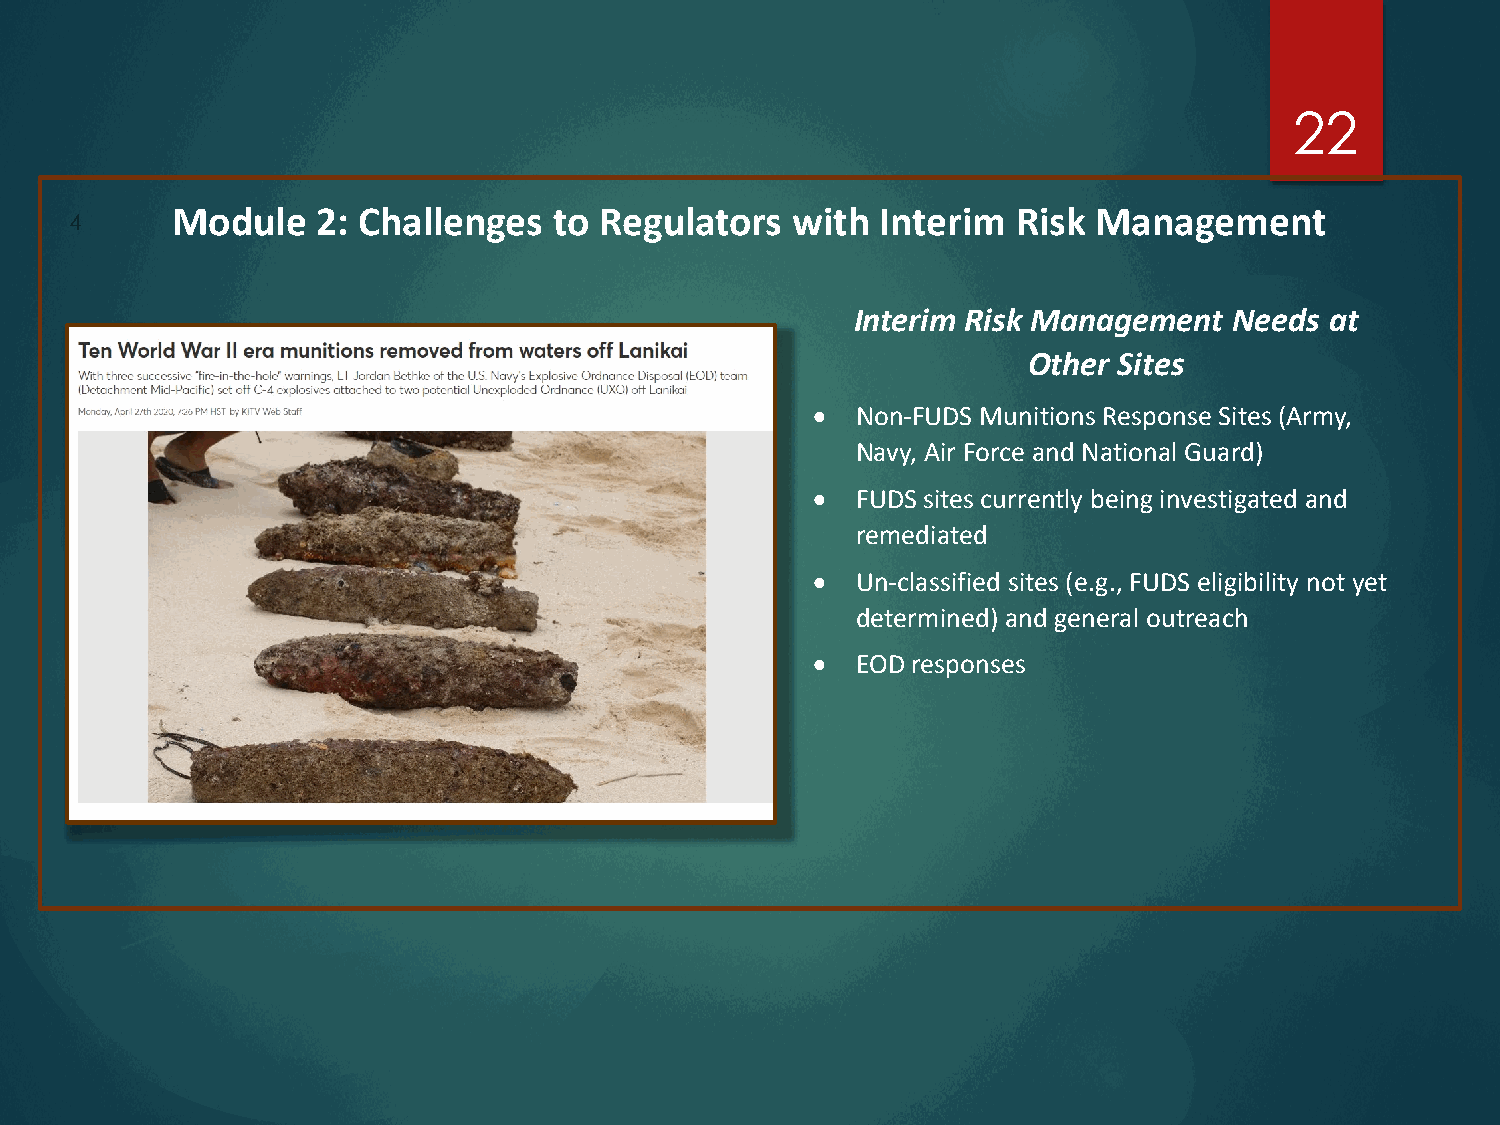
22
 Module    2: Challenges   to Regulators  with  Interim  Risk  Management
 4
 Interim Risk Management  Needs at
 Other Sites
 •  Non-FUDS Munitions Response Sites (Army,
 Navy, Air Force and National Guard)
 •  FUDS sites currently being investigated and
 remediated
 •  Un-classified sites (e.g., FUDS eligibility not yet
 determined) and general outreach
 •  EOD responses